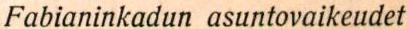
Fabianinkadun asuntovaikeudet